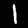
Label: 1